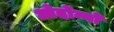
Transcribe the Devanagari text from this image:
ओर्दोन्यो